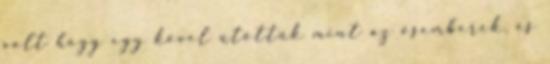
volt hogy egy kővel ütöttük mint az ősemberek, és